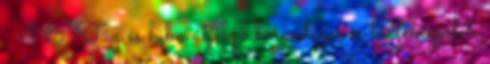
. 4.6. Tûz és hiba átjelzõ berendezés és távfelügyelet.